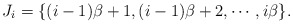
\begin{align*}J_i=\{(i-1)\beta+1, (i-1)\beta+2, \cdots, i\beta\}.\end{align*}